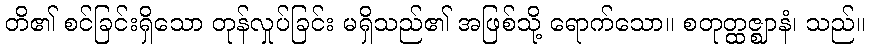
တိ၏ စင်ခြင်းရှိသော တုန်လှုပ်ခြင်း မရှိသည်၏ အဖြစ်သို့ ရောက်သော။ စတုတ္ထဇ္ဈာနံ၊ သည်။